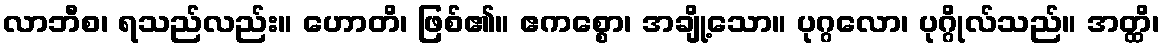
လာဘီစ၊ ရသည်လည်း။ ဟောတိ၊ ဖြစ်၏။ ဧကစ္စော၊ အချို့သော။ ပုဂ္ဂလော၊ ပုဂ္ဂိုလ်သည်။ အတ္ထိ၊